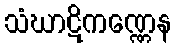
သံဃာဋိကဏ္ဏေန